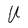
Character: U